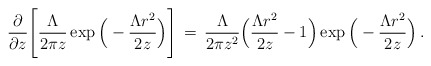
\begin{align*}\frac{\partial}{\partial z}\Bigg[\frac{\Lambda}{2\pi z}\exp\Big(-\frac{\Lambda r^2}{2z}\Big)\Bigg]\,=\,\frac{\Lambda}{2\pi z^2}\Big(\frac{\Lambda r^2}{2z}-1\Big)\exp\Big(-\frac{\Lambda r^2}{2z}\Big)\,.\end{align*}